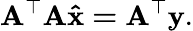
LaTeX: \mathbf{A^{\top}A\hat{x}=A^{\top}y}.